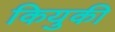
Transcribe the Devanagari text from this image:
कियुकी